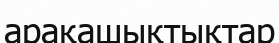
арақашықтықтар